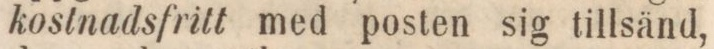
kostnadsfritt med posten sig tillsänd,